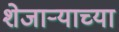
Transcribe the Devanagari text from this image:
शेजार्‍याच्या